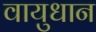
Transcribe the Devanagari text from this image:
वायुधान